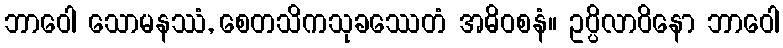
ဘာဝေါ သောမနဿံ, စေတသိကသုခဿေတံ အဓိဝစနံ။ ဥပ္ပိလာဝိနော ဘာဝေါ